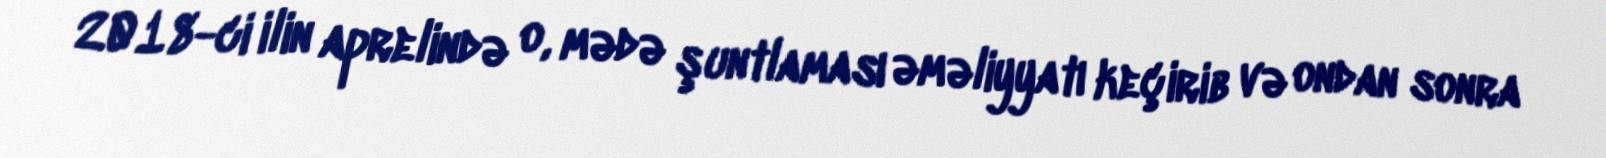
2018-ci ilin aprelində o, mədə şuntlaması əməliyyatı keçirib və ondan sonra